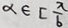
\alpha \in [ \frac { \pi } { 6 }